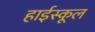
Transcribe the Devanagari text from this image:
हार्इस्कूल